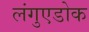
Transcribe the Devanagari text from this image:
लंगुएडोक